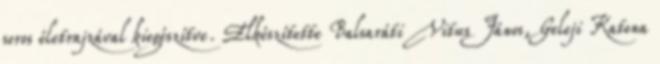
soros életrajzával kiegészítve. Elkészítette Balsaráti Vitus János, Geleji Katona